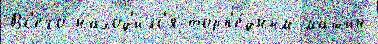
Вс'его́ наход'и́лс'я торп'е́дным маши́н